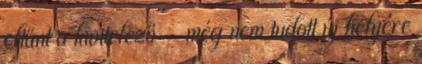
eltűnt a kivitelező - még nem tudott új helyére